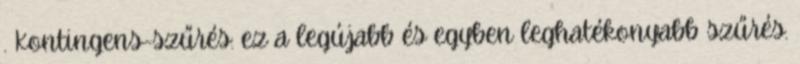
. Kontingens-szűrés: ez a legújabb és egyben leghatékonyabb szűrés.